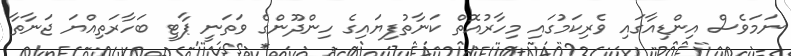
ނަމަވެސް އިންޑިއާގައި ވެރިކަމުގައި މިހާރުއޮތް ކަނާތުފިޔައިގެ ހިންދޫންގެ ވަތަނީ ޕާޓީ ބަހާރަތިއްޔަ ޖަނާތާ